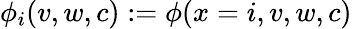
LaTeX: \phi_{i}(v,w,c):=\phi(x=i,v,w,c)